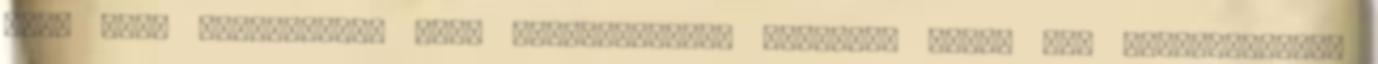
fel, k.b. huszadjára. Csak tekintetemmel követem, ahogy egy sztetoszkópot